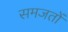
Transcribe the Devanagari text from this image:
समजतों